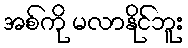
အစ်ကို မလာနိုင်ဘူး